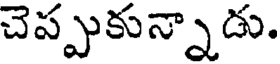
చెప్పుకున్నాడు.